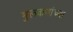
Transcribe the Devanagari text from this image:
मुलकणांच्या